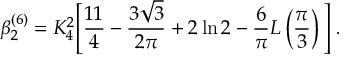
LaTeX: \beta _ { 2 } ^ { ( 6 ) } = K _ { 4 } ^ { 2 } \Bigg [ \frac { 1 1 } { 4 } - \frac { 3 \sqrt { 3 } } { 2 \pi } + 2 \ln 2 - \frac { 6 } { \pi } L \left( \frac { \pi } { 3 } \right) \Bigg ] \; .